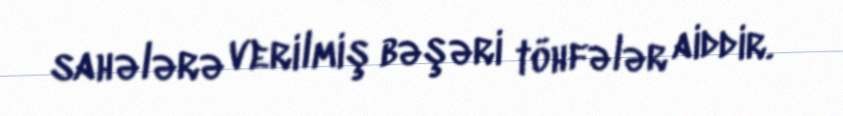
sahələrə verilmiş bəşəri töhfələr aiddir.